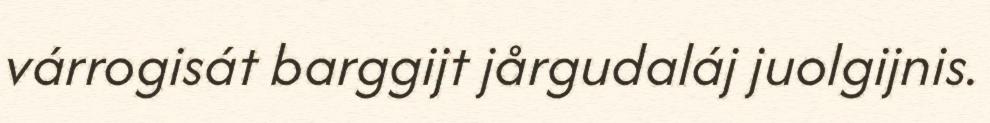
várrogisát barggijt jårgudaláj juolgijnis.